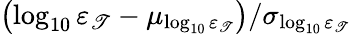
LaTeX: \left(\log_{10}\varepsilon_{\mathscr{T}}-\mu_{\log_{10}\varepsilon_{\mathscr{T}}}\right)/\sigma_{\log_{10}\varepsilon_{\mathscr{T}}}